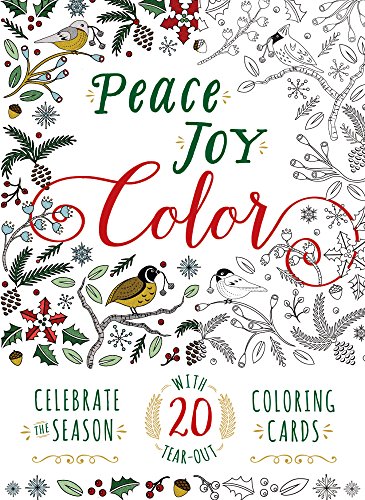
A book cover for Peace. Joy. Color.: Celebrate the Season with 20 Tear-Out Coloring Cards; Adams Media; Humor & Entertainment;